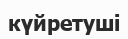
күйретуші